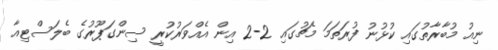
ނިއު މުބާރާތުގައި ކުޅުނު ފުރަތަމަ މެޗުގައި 2-2 އިން އެއްވަރުކުރީ ސިންގަޕޫރުގެ ބެލަސްޓިއާ